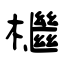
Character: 檵